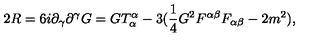
2 R = 6 i \partial _ { \gamma } \partial ^ { \gamma } G = G T _ { \alpha } ^ { \alpha } - 3 ( { \frac { 1 } { 4 } } G ^ { 2 } F ^ { \alpha \beta } F _ { \alpha \beta } - 2 m ^ { 2 } ) ,